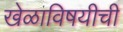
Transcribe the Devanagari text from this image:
खेळाविषयीची